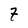
Character: 7